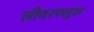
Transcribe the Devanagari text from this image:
लीवरफ्लूक